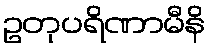
ဥတုပရိဏာမီနိ